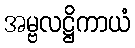
အမ္ဗလဋ္ဌိကာယံ